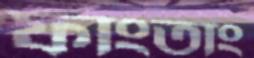
ফাংতাং